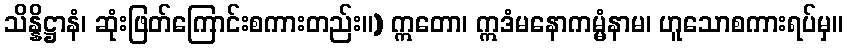
သိန္နိဋ္ဌာနံ၊ ဆုံးဖြတ်ကြောင်းစကားတည်း။) ဣတော၊ ဣဒံမနောကမ္မံနာမ၊ ဟူသောစကားရပ်မှ။